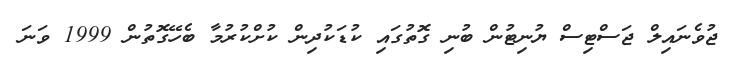
ޖުވެނައިލް ޖަސްޓިސް ޔުނިޓުން ބުނި ގޮތުގައި ކުޑަކުދިން ކުށްކުރުމާ ބެހޭގޮތުން 1999 ވަނަ